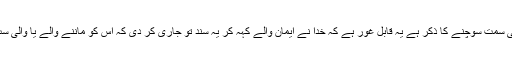
اور تیسری سطح جس میں پرہیز گار بننے یعنی تقوی کی سمت سوچنے کا ذکر ہے یہ قابل غور ہے کہ خدا نے ایمان والے کہہ کر یہ سند تو جاری کر دی کہ اُس کو ماننے والے یا والی سب برابر ہیں ،سب کا درجہ ایک سا (ایمان والے) ہی ہے۔